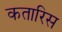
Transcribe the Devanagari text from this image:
कतारिस